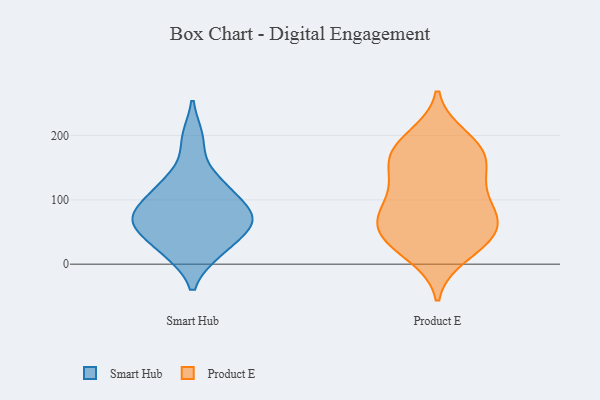
{"axis": {"x": "Net Income (USD K)", "y": "Value"}, "legend": ["Product E", "Smart Hub"], "data": [{"x": "", "y": 69, "type": "Smart Hub"}, {"x": "", "y": 97, "type": "Smart Hub"}, {"x": "", "y": 195, "type": "Smart Hub"}, {"x": "", "y": 59, "type": "Smart Hub"}, {"x": "", "y": 125, "type": "Smart Hub"}, {"x": "", "y": 20, "type": "Smart Hub"}, {"x": "", "y": 72, "type": "Smart Hub"}, {"x": "", "y": 19, "type": "Smart Hub"}, {"x": "", "y": 57, "type": "Smart Hub"}, {"x": "", "y": 78, "type": "Smart Hub"}, {"x": "", "y": 125, "type": "Smart Hub"}, {"x": "", "y": 183, "type": "Product E"}, {"x": "", "y": 112, "type": "Product E"}, {"x": "", "y": 55, "type": "Product E"}, {"x": "", "y": 133, "type": "Product E"}, {"x": "", "y": 158, "type": "Product E"}, {"x": "", "y": 29, "type": "Product E"}, {"x": "", "y": 186, "type": "Product E"}, {"x": "", "y": 167, "type": "Product E"}, {"x": "", "y": 127, "type": "Product E"}, {"x": "", "y": 66, "type": "Product E"}, {"x": "", "y": 64, "type": "Product E"}, {"x": "", "y": 31, "type": "Product E"}, {"x": "", "y": 74, "type": "Product E"}, {"x": "", "y": 78, "type": "Product E"}, {"x": "", "y": 86, "type": "Product E"}, {"x": "", "y": 14, "type": "Product E"}, {"x": "", "y": 165, "type": "Product E"}, {"x": "", "y": 39, "type": "Product E"}, {"x": "", "y": 198, "type": "Product E"}]}